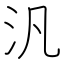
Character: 汎